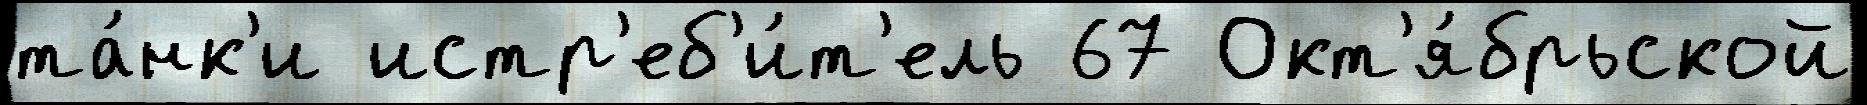
та́нк'и истр'еб'и́т'ель 67 Окт'я́брьской